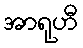
အာရုဟီ